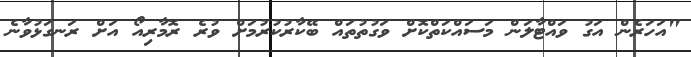
"އަހަރެން އަގު ވައްޓާލަން މަސައްކަތްކޮށް ވަގުތުތައް ބޭކާރުކުރުމަށް ވުރެ ރޮމާރިއޯ އަށް ރަނގަޅުވާނެ